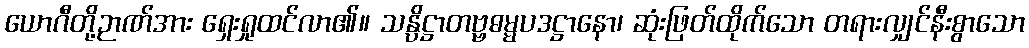
ယောဂီတို့ဉာဏ်အား ရှေးရှုထင်လာ၏။ သန္ပိဋ္ဌာတဗ္ဗဓမ္မပဒဋ္ဌာနော၊ ဆုံးဖြတ်ထိုက်သော တရားလျှင်နီးစွာသော